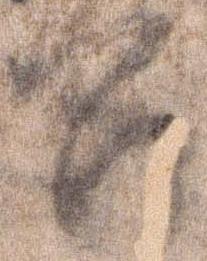
召